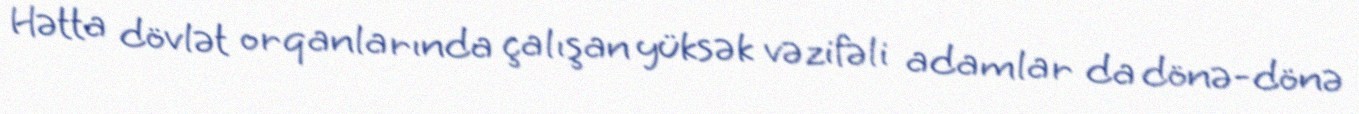
Hətta dövlət orqanlarında çalışan yüksək vəzifəli adamlar da dönə-dönə